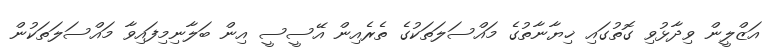
އަޒްލީން ވިދާޅުވި ގޮތުގައި ޚިޔާނާތުގެ މައްސަލަތަކުގެ ތެރެއިން އޭސީސީ އިން ބަލާނިމިފައިވާ މައްސަލަތަކުން